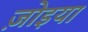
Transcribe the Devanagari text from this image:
ज़ोइया